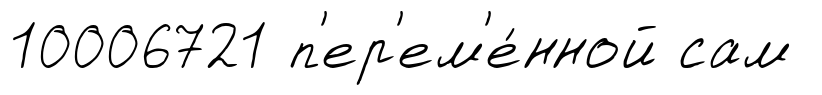
10006721 п'ер'ем'е́нной сам